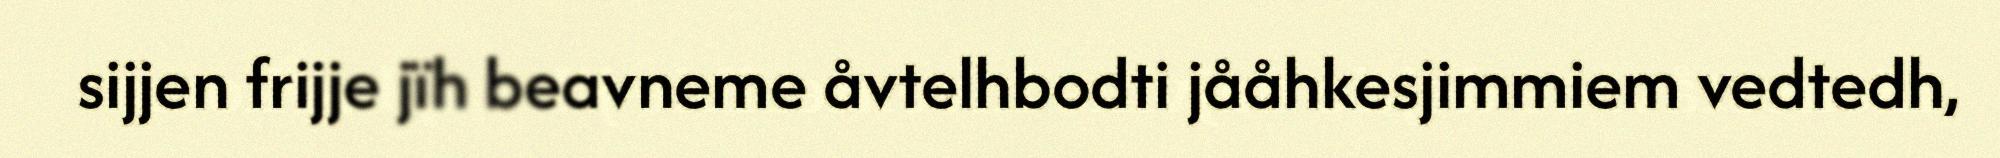
sijjen frijje jïh beavneme åvtelhbodti jååhkesjimmiem vedtedh,